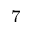
^ 7